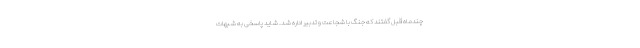
چندماه قبل گفتند که جنگ با شجاعت و تدبیر اداره شد. شاید پاسخی به شبهات